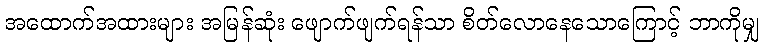
အထောက်အထားများ အမြန်ဆုံး ဖျောက်ဖျက်ရန်သာ စိတ်လောနေသောကြောင့် ဘာကိုမျှ